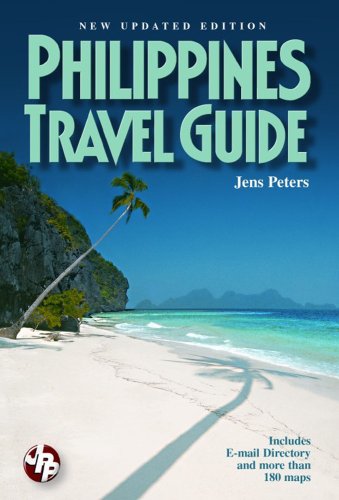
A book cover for Philippines Travel Guide; Jens Peters; Travel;